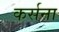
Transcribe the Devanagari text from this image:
कर्सना